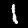
Label: 1